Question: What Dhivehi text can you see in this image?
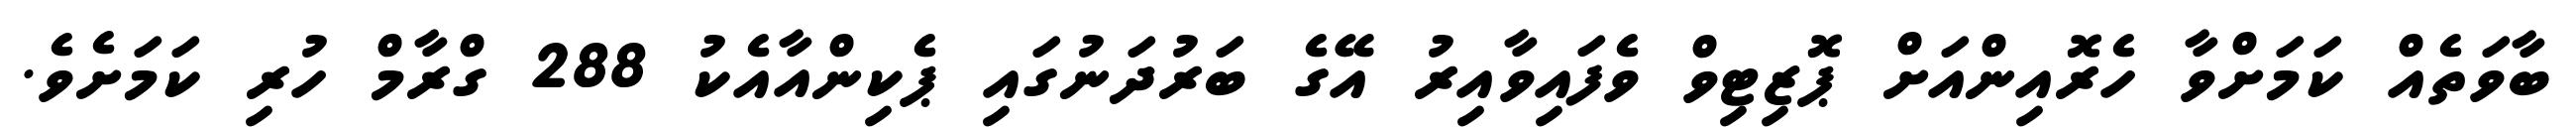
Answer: ބާވަތެއް ކަމަށްވާ ހެރޮއިންއަށް ޕޮޒިޓިވް ވެފައިވާއިރު އޭގެ ބަރުދަނުގައި ޕެކިންއާއެކު 288 ގްރާމް ހުރި ކަމަށެވެ.